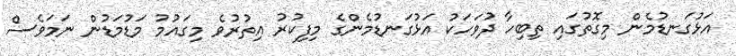
އަޅުގަނޑުމެން މިގޮތުގައި ތިބިހާ ދުވަހަކު އަޅުގަނޑުމެންގެ މިފިކުރު އިތުރުވެ މިގައުމު މަޑުމަޑުން ނަމަވެސް